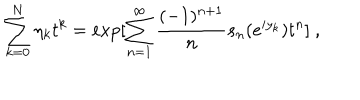
\sum _ { k = 0 } ^ { N } \eta _ { k } t ^ { k } = \exp [ \sum _ { n = 1 } ^ { \infty } \frac { ( - 1 ) ^ { n + 1 } } { n } s _ { n } ( e ^ { i y _ { k } } ) t ^ { n } ] \ ,